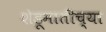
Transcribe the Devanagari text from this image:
शेडूमातीच्या